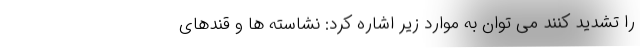
را تشدید کنند می توان به موارد زیر اشاره کرد: نشاسته ها و قندهای